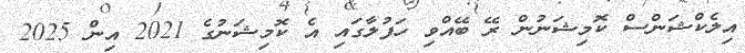
އިލެކްޝަންސް ކޮމިޝަނުން ރޭ ބޭއްވި ހަފުލާގައި އެ ކޮމިޝަނުގެ 2021 އިން 2025